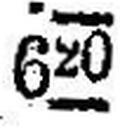
620